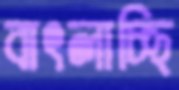
বাৎলাচ্ছি